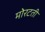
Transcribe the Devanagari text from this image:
मोरटती